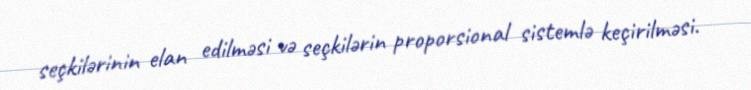
seçkilərinin elan edilməsi və seçkilərin proporsional sistemlə keçirilməsi.